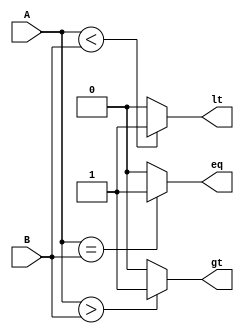
`timescale 1ns / 1ps
//////////////////////////////////////////////////////////////////////////////////
// Company: 
// Engineer: 
// 
// Design Name: 
// Module Name: comparator
// Project Name: 
// Target Devices: 
// Tool Versions: 
// Description: 
// 
// Dependencies: 
// 
// Revision:
// Revision 0.01 - File Created
// Additional Comments:
// 
//////////////////////////////////////////////////////////////////////////////////


module comparator(
input [15:0] A, B, output gt, eq, lt
    );
    assign gt= (A>B)? 1:0;
    assign eq= (A==B)? 1:0;
    assign lt= (A<B)? 1:0;
endmodule